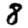
Digit: 8